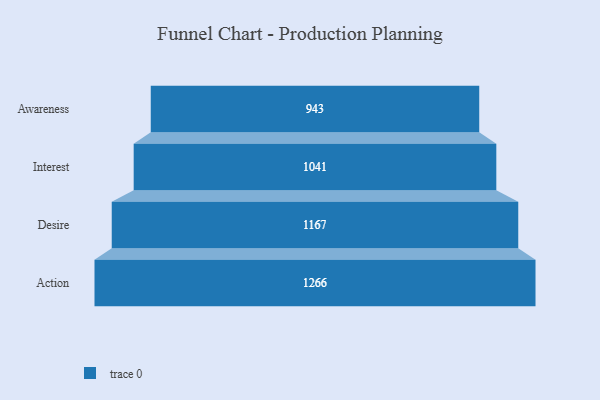
{"axis": {"x": "Stage", "y": "Value"}, "legend": [""], "data": [{"x": "Awareness", "y": 943.0, "type": ""}, {"x": "Interest", "y": 1041.0, "type": ""}, {"x": "Desire", "y": 1167.0, "type": ""}, {"x": "Action", "y": 1266.0, "type": ""}]}